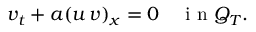
v _ { t } + a ( u \, v ) _ { x } = 0 \quad \mathrm { ~ i ~ n ~ } Q _ { T } .